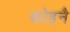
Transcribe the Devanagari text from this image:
कोइनै